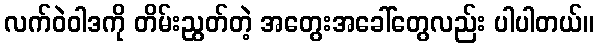
လက်ဝဲဝါဒကို တိမ်းညွတ်တဲ့ အတွေးအခေါ်တွေလည်း ပါပါတယ်။